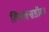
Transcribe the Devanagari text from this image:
लिनक्सडॉक